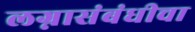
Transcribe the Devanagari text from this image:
लग्नासंबंधीचा